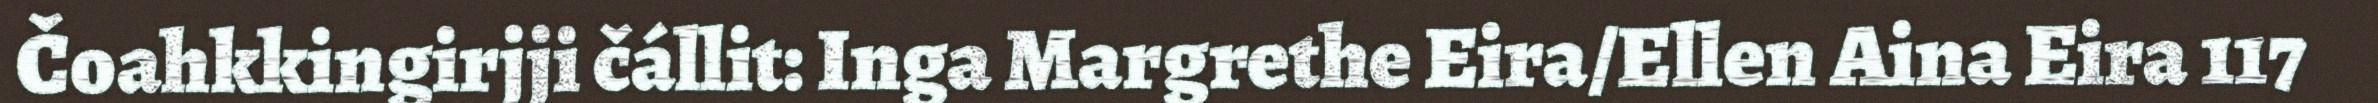
Čoahkkingirjji čállit: Inga Margrethe Eira/Ellen Aina Eira 117